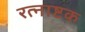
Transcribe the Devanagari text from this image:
रत्नाष्टक